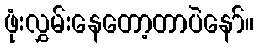
ဖုံးလွှမ်းနေတော့တာပဲနော်။